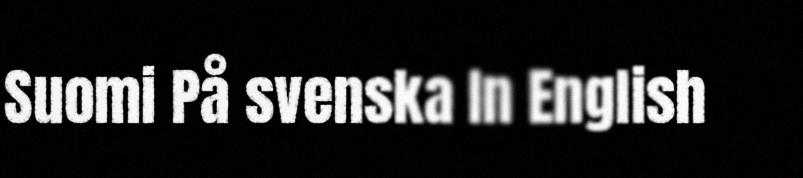
Suomi På svenska In English